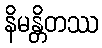
နိမန္တိတဿ